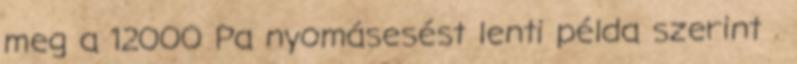
meg a 12000 Pa nyomásesést lenti példa szerint .